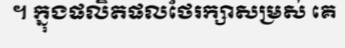
។ ក្នុងផលិតផលថែរក្សាសម្រស់ គេ